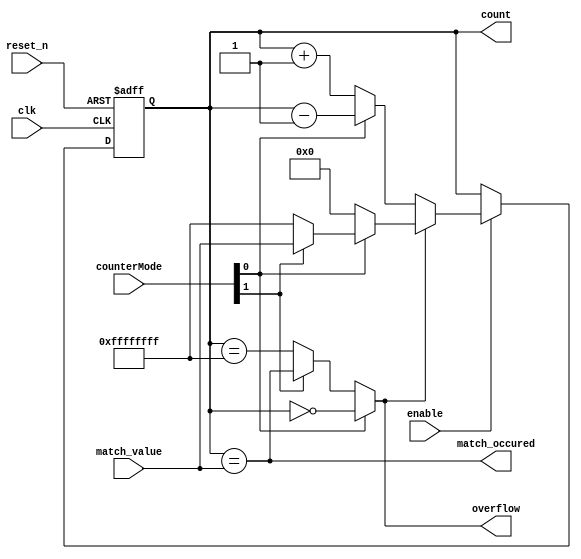
///  
module count #(
    //    
    parameter       COUNTER_SIZE            = 32,
    parameter       MAX                     = 32'b1111_1111_1111_1111_1111_1111_1111_1111
) (
    input   wire                      clk,
    input   wire                      reset_n,
    input   wire                      enable,
    input   wire [1:0]                counterMode,
    input   wire [COUNTER_SIZE-1 : 0] match_value,
    
    output  reg  [COUNTER_SIZE-1 : 0] count,
    output  wire                      match_occured,
    output  wire                      overflow
);
wire dir;
assign dir = counterMode[0];
//0 -   
//1 -   
wire ovfMode;
assign ovfMode = counterMode[1];
//0 -  / MAX
//1 -  / match_value

//reg [COUNTER_SIZE-1 : 0] val;
always @ ( posedge clk or negedge reset_n) begin
    $display("val = %x",count);
    if (!reset_n) begin
        count<=0;
    end else if (enable) begin
        if(overflow) begin
            if(dir)
                if(ovfMode)begin
                    count<=match_value;
                end else
                    count<=MAX;
            else 
                count<=0;
        end else begin
            $display("clk");
            if(dir) count <= count - 1;
            else count <= count + 1;
        end
    end
end

initial begin
    count<=0;
end

//assign count = val;
assign overflow = (dir)?(count==0):(ovfMode?(match_occured):(count == MAX));
assign match_occured = (count == match_value);

endmodule